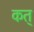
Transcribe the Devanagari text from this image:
कत्